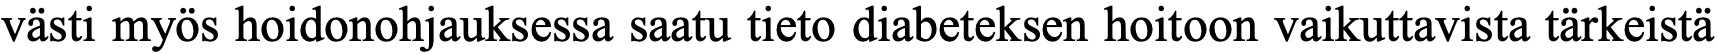
västi myös hoidonohjauksessa saatu tieto diabeteksen hoitoon vaikuttavista tärkeistä